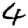
Digit: 4